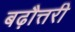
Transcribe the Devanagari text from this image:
बढ़ौत्तरी